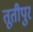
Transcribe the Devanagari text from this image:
तूतीपुर